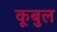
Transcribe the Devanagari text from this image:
कूबुल